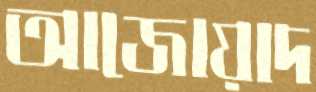
আজোয়াদ